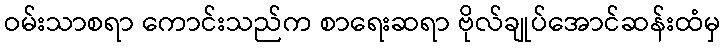
ဝမ်းသာစရာ ကောင်းသည်က စာရေးဆရာ ဗိုလ်ချုပ်အောင်ဆန်းထံမှ